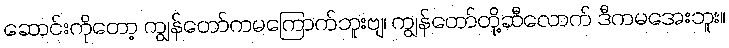
ဆောင်းကိုတော့ ကျွန်တော်ကမကြောက်ဘူးဗျ၊ ကျွန်တော်တို့ဆီလောက် ဒီကမအေးဘူး။